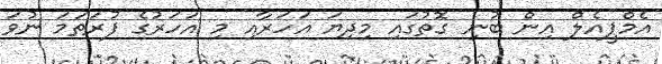
އެމްޕީއެލް އިން ބުނި ގޮތުގައި މިދިޔަ އަހަރާއި މި އަހަރުގެ ފުރަތަމަ ނުވަ